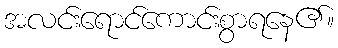
အလင်းရောင်ကောင်းစွာရနေ၏။